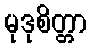
မုဒုစိတ္တာ